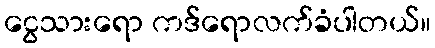
ငွေသားရော ကဒ်ရောလက်ခံပါတယ်။